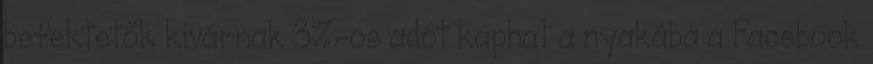
befektetők kivárnak 3%-os adót kaphat a nyakába a Facebook